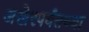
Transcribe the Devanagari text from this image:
अखेरपर्यंतच्या